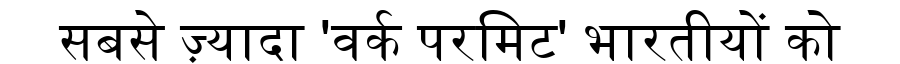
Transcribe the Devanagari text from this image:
सबसे ज़्यादा 'वर्क परमिट' भारतीयों को